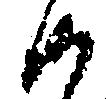
沙